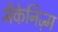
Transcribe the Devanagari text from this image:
मैकेनिज़्म